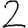
Digit: 2